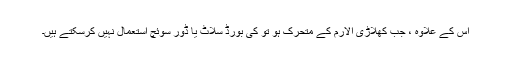
اس کے علاوہ ، جب کھلاڑی الارم کے متحرک ہو تو کی بورڈ سلاٹ یا ڈور سوئچ استعمال نہیں کرسکتے ہیں۔